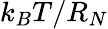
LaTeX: k_{B}T/R_{N}